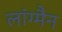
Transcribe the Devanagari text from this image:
लांग्मैन